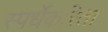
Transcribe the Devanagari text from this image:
स्पर्धेकरिता